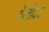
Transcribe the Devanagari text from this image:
गेलोऽऽ